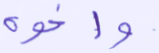
وأخوه